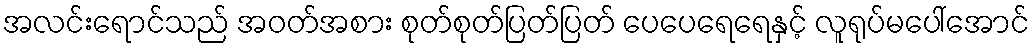
အလင်းရောင်သည် အဝတ်အစား စုတ်စုတ်ပြတ်ပြတ် ပေပေရေရေနှင့် လူရုပ်မပေါ်အောင်